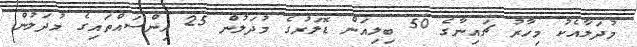
މުދަލާއެކު މިހާރު ޗައިނާގެ 50 ބިލިއަން ޑޮލަރުގެ މުދަލުން 25 އިންސައްތައިގެ މުދަލުން